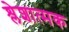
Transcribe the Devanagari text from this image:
श्लेशात्मक